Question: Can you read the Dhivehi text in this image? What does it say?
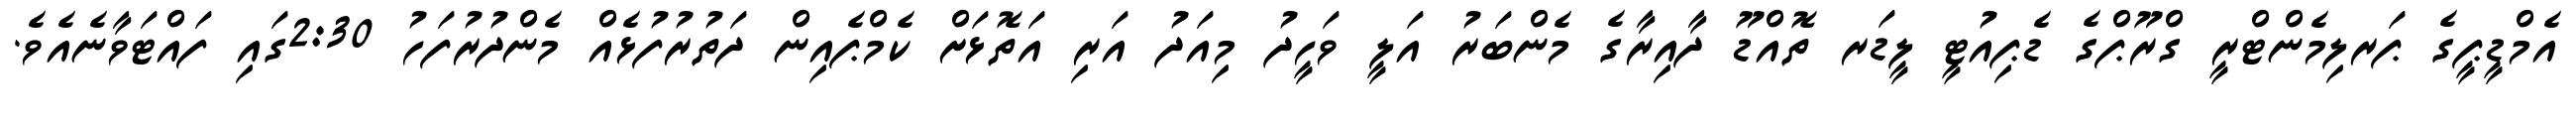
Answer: އެމްޑީޕީގެ ޕަރލިމެންޓްރީ ގްރޫޕްގެ ޑެޕިއުޓީ ލީޑަރ ތޮއްޑޫ ދާއިރާގެ މެންބަރު އަލީ ވަހީދު މިއަދު އަރި އަތޮޅަށް ކެމްޕެއިން ދަތުރުފުޅެއް މެންދުރުފަހު 2:30ގައި ފައްޓަވާނެއެވެ.